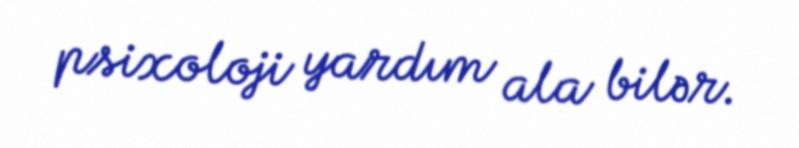
psixoloji yardım ala bilər.